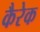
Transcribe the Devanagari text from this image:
कैरेक